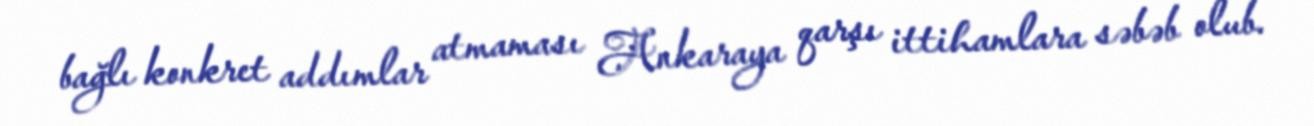
bağlı konkret addımlar atmaması Ankaraya qarşı ittihamlara səbəb olub.